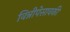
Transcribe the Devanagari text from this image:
विन्नीपेसावकी